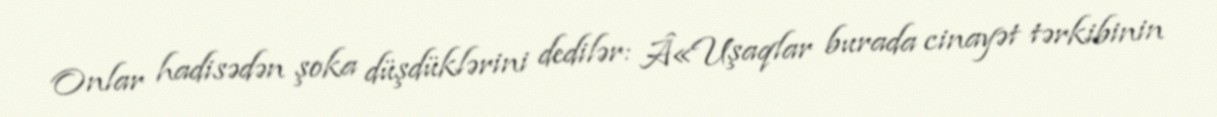
Onlar hadisədən şoka düşdüklərini dedilər: Â«Uşaqlar burada cinayət tərkibinin